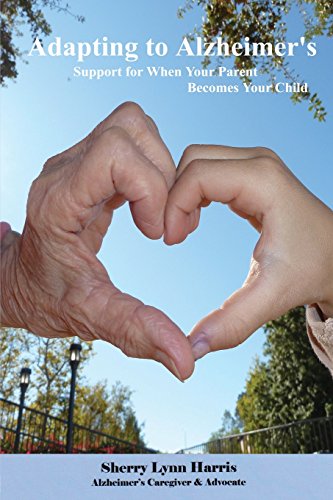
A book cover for Adapting to Alzheimer's: Support for When Your Parent Becomes Your Child; Sherry Lynn Harris; Health, Fitness & Dieting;